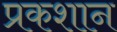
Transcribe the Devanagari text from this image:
प्रकशान